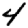
Digit: 4